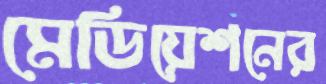
মেডিয়েশনের